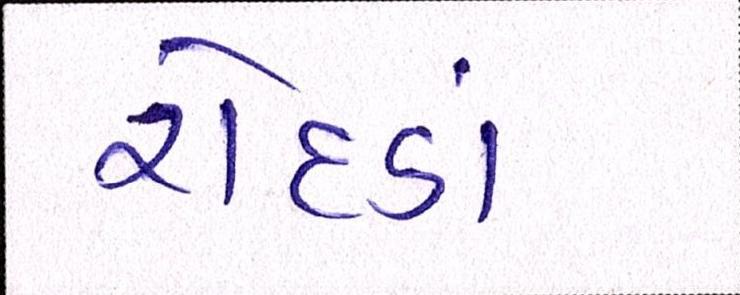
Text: રોદડાં